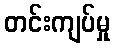
တင်းကျပ်မှု